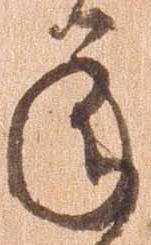
承